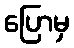
ပြောမှ